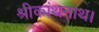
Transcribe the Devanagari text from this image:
श्रीकांथनाथ।